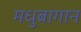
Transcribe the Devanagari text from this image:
मधुबागान